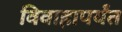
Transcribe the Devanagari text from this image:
विवाहापर्यंत